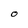
Character: O